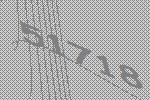
51718